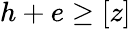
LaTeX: h+e\geq[z]